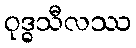
ဝုဒ္ဓသီလဿ